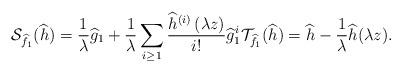
LaTeX: \begin{align*}\mathcal{S}_{\widehat{f}_1}(\widehat{h})=\dfrac{1}{\lambda}\widehat{g}_1+\frac{1}{\lambda}\sum_{i\ge1}\frac{\widehat{h}^{\left(i\right)}\left(\lambda z\right)}{i!}\widehat{g}_1^{i}\mathcal{T}_{\widehat{f}_1}(\widehat{h})=\widehat{h}-\frac{1}{\lambda}\widehat{h}(\lambda z).\end{align*}